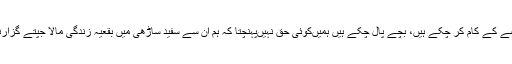
جو لوگ اپنے حصے کے کام کر چکے ہیں، بچے پال چکے ہیں ہمیں‌کوئی حق نہیں‌پہنچتا کہ ہم ان سے سفید ساڑھی میں‌ بقعیہ زندگی مالا جپتے گزارنے کی توقع کریں۔